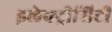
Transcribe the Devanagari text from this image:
इलेक्ट्रीसिटी